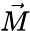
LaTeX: \vec{M}